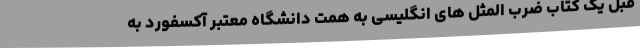
قبل یک کتاب ضرب المثل های انگلیسی به همت دانشگاه معتبر آکسفورد به